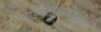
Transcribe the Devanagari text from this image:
भांडवलशाहीचाही